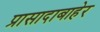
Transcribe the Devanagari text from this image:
प्रासादाबाहेर